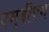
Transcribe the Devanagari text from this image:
एम्‌बीएम